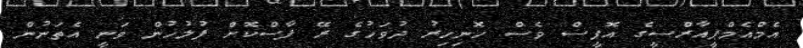
އެމްއެމްޕީއާރްސީގެ އޮފީސް ވެސް ހޮނިހިރު ދުވަހުގެ ރޭ ފާސްކޮށް ފުލުހުން ވަނީ އެތަނުން